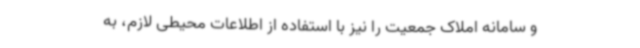
و سامانه املاک جمعیت را نیز با استفاده از اطلاعات محیطی لازم، به